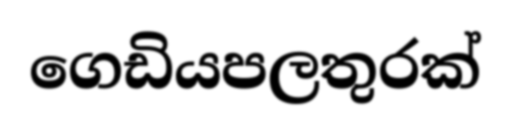
ගෙඩියපලතුරක්